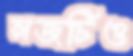
লজটিও